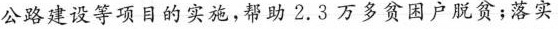
公路建设等项目的实施，帮助2.3万多贫困户脱贫；落实